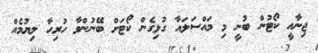
ޖިނާއީ ކޯޓުން ބުނީ މި މައްސަލައާ ގުޅިގެން ކޯޓަށް ބޭނުންވާ ހުރިހާ ލިޔުމެއް